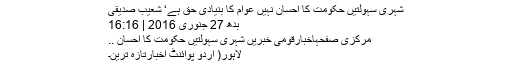
شہری سہولتیں حکومت کا احسان نہیں عوام کا بنیادی حق ہے‘ شعیب صدیقی
بدھ 27 جنوری 2016 | 16:16
مرکزی صفحہاخبارقومی خبریں شہری سہولتیں حکومت کا احسان ..
لاہور( اُردو پوائنٹ اخبارتازہ ترین۔